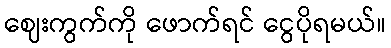
ဈေးကွက်ကို ဖောက်ရင် ငွေပိုရမယ်။